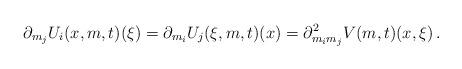
LaTeX: \begin{align*}\partial_{m_{j}}U_{i}(x,m,t)(\xi)=\partial_{m_{i}}U_{j}(\xi,m,t)(x)=\partial_{m_{i} m_{j}}^{2}V(m,t)(x,\xi) \, .\end{align*}